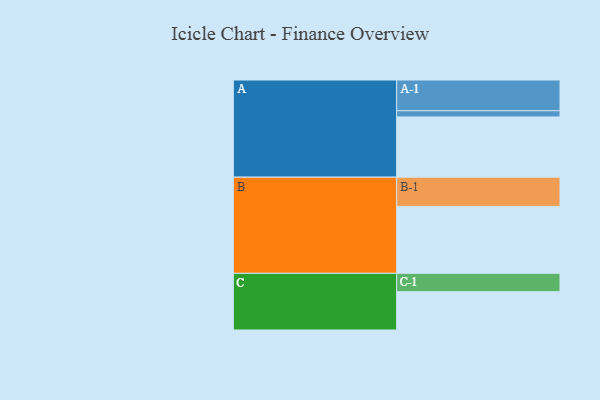
{"axis": {"x": "Segment", "y": "Value"}, "legend": ["", "A", "B", "C"], "data": [{"x": "A", "y": 529, "type": ""}, {"x": "B", "y": 588, "type": ""}, {"x": "C", "y": 337, "type": ""}, {"x": "A-1", "y": 270, "type": "A"}, {"x": "A-2", "y": 55, "type": "A"}, {"x": "B-1", "y": 257, "type": "B"}, {"x": "C-1", "y": 161, "type": "C"}]}